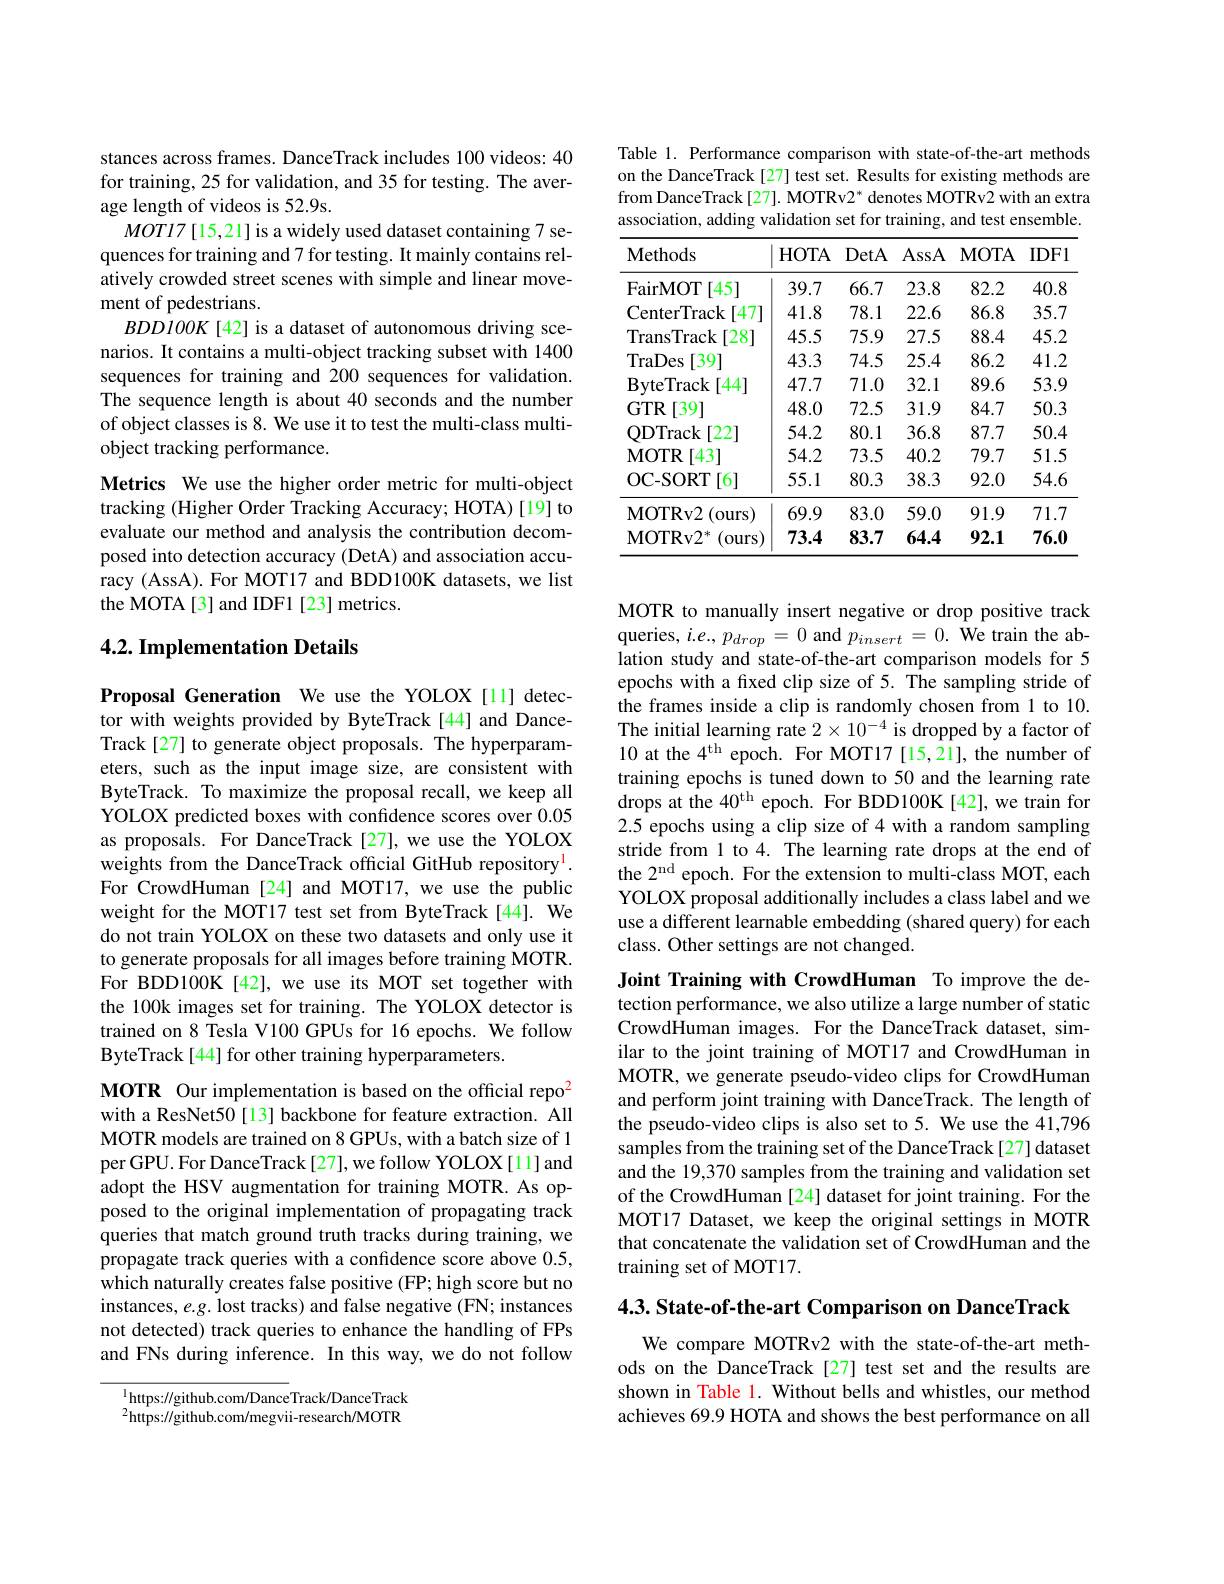
stances across frames. DanceTrack includes 100 videos: 40 for training, 25 for validation, and 35 for testing. The average length of videos is 52.9s.
$MOTI7[15,21]$ is a widely used dataset containing 7 sequences for training and 7 for testing. It mainly contains relatively crowded street scenes with simple and linear movement of pedestrians.
$BDDlOOK[42]$ is a dataset of autonomous driving scenarios. It contains a multi-object tracking subset with 1400 sequences for training and 200 sequences for validation. The sequence length is about 40 seconds and the number of object classes is 8. We use it to test the multi-class multiobject tracking performance.
Metrics We use the higher order metric for multi-object tracking (Higher Order Tracking Accuracy; HOTA) [19] to evaluate our method and analysis the contribution decomposed into detection accuracy (DetA) and association accuracy (AssA). For MOT17 and BDD100K datasets, we list the MOTA[3] and IDF1[23] metrics.

### 4.2. Implementation Details

Proposal Generation We use the YOLOX[1] detector with weights provided by ByteTrack [44] and DanceTrack[27] to generate object proposals. The hyperparameters, such as the input image size, are consistent with ByteTrack. To maximize the proposal recall, we keep all YOLOX predicted boxes with confidence scores over 0.05 as proposals. For DanceTrack[27],we use the YOLOX weights from the DanceTrack official GitHub repository$^{\mathrm{l}}.$ For CrowdHuman[24] and MOT17, we use the public weight for the MOT17 test set from ByteTrack[44]. We do not train YOLOX on these two datasets and only use it to generate proposals for all images before training $\tilde{\text{MOTR}}.$ For BDD100K[42], we use its MOT set together with the 100k images set for training. The YOLOX detector is trained on 8 Tesla V100 GPUs for 16 epochs. We follow ByteTrack[44] for other training hyperparameters.

MOTR Our implementation is based on the official repo$^{2}$ with a ResNet50[13] backbone for feature extraction. All MOTR models are trained on 8 GPUs, with a batch size of 1 per GPU. For DanceTrack [27], we follow YOLOX [11] and adopt the HSV augmentation for training MOTR. As opposed to the original implementation of propagating track queries that match ground truth tracks during training, we propagate track queries with a confidence score above 0.5, which naturally creates false positive (FP; high score but no instances, e.g. lost tracks) and false negative (FN; instances not detected) track queries to enhance the handling of FPs and FNs during inference. In this way, we do not follow

$^{1}$https://github.com/DanceTrack/DanceTrack $^{2}$https://github.com/megvii-research/MOTR

Table 1. Performance comparison with state-of-the-art methods on the DanceTrack [27] test set. Results for existing methods are from DanceTrack[27]. MOTRv2* denotes MOTRv2 with an extra association, adding validation set for training, and test ensemble.

<table>
	<tbody>
		<tr>
			<th>Methods</th>
			<th>HOTA</th>
			<th>DetA</th>
			<th>AssA</th>
			<th>MOTA</th>
			<th>$IDF1$</th>
		</tr>
		<tr>
			<td>FairMOT [45]</td>
			<td>39.7</td>
			<td>66.7</td>
			<td>23.8</td>
			<td>82.2</td>
			<td>40.8</td>
		</tr>
		<tr>
			<td>CenterTrack $\lceil47\rceil$</td>
			<td>41.8</td>
			<td>78.1</td>
			<td>22.6</td>
			<td>86.8</td>
			<td>35.7</td>
		</tr>
		<tr>
			<td>TransTrack $\lceil28^{\circ}$</td>
			<td>45.5</td>
			<td>75.9</td>
			<td>27.5</td>
			<td>88.4</td>
			<td>45.2</td>
		</tr>
		<tr>
			<td>TraDes [39]</td>
			<td>43.3</td>
			<td>74.5</td>
			<td>25.4</td>
			<td>86.2</td>
			<td>41.2</td>
		</tr>
		<tr>
			<td>$\mathbf{ByteTrack}$ [44]</td>
			<td>47.7</td>
			<td>71.0</td>
			<td>32.1</td>
			<td>89.6</td>
			<td>53.9</td>
		</tr>
		<tr>
			<td>$GTR$ [39]</td>
			<td>48.0</td>
			<td>72.5</td>
			<td>31.9</td>
			<td>84.7</td>
			<td>50.3</td>
		</tr>
		<tr>
			<td>ODTrack $\lceil22\rceil$</td>
			<td>54.2</td>
			<td>80.1</td>
			<td>36.8</td>
			<td>87.7</td>
			<td>50.4</td>
		</tr>
		<tr>
			<td>$\mathbf{MOTR}$ [43]</td>
			<td>54.2</td>
			<td>73.5</td>
			<td>40.2</td>
			<td>79.7</td>
			<td>51.5</td>
		</tr>
		<tr>
			<td>OC- SORT $\Gamma[6]$ </td>
			<td>55.1</td>
			<td>80.3</td>
			<td>38.3</td>
			<td>92.0</td>
			<td>54.6</td>
		</tr>
		<tr>
			<td>$\mathbf{MOTRv2}$ (ours</td>
			<td>69.9</td>
			<td>83.0</td>
			<td>59.0</td>
			<td>91.9</td>
			<td>71.7</td>
		</tr>
		<tr>
			<td>MOTRv2 冰 (ours</td>
			<td>73.4</td>
			<td>83.7</td>
			<td>64.4</td>
			<td>92.1</td>
			<td>76.0</td>
		</tr>
	</tbody>
</table>

MOTR to manually insert negative or drop positive track queries, $i.e.,p_{drop}=0$ and $p_{insert}=0.$ We train the ablation study and state-of-the-art comparison models for 5 epochs with a fixed clip size of 5. The sampling stride of the frames inside a clip is randomly chosen from 1 to 10. The initial learning rate $2\times10^{-4}$ is dropped by a factor of 10 at the 4$^\mathrm{th}$ epoch. For MOT17[15,21], the number of training epochs is tuned down to 50 and the learning rate drops at the $40^\mathrm{th}$ epoch. For BDD100K[42],we train for 2.5 epochs using a clip size of 4 with a random sampling stride from 1 to 4. The learning rate drops at the end of the 2$^\mathrm{nd}$ epoch. For the extension to multi-class MOT, each YOLOX proposal additionally includes a class label and we use a different learnable embedding (shared query) for each class. Other settings are not changed.

Joint Training with CrowdHuman To improve the detection performance, we also utilize a large number of static CrowdHuman images. For the DanceTrack dataset, similar to the joint training of MOT17 and CrowdHuman in MOTR, we generate pseudo-video clips for CrowdHuman and perform joint training with DanceTrack. The length of the pseudo-video clips is also set to 5. We use the 41,796 samples from the training set of the DanceTrack[27] dataset and the 19,370 samples from the training and validation set of the CrowdHuman [24] dataset for joint training. For the MOT17 Dataset, we keep the original settings in MOTR that concatenate the validation set of CrowdHuman and the training set of MOT17.

4.3. State-of-the-art Comparison on DanceTrack

We compare MOTRv2 with the state-of-the-art methods on the DanceTrack [27] test set and the results are shown in Table 1. Without bells and whistles, our method achieves 69.9 HOTA and shows the best performance on all